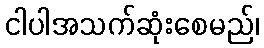
ငါပါအသက်ဆုံးစေမည်၊